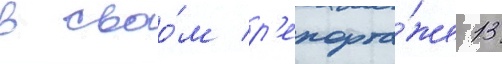
в своо́м р'епорта́же 13